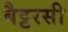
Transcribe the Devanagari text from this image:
बैट्टरसी